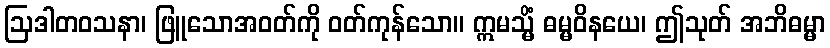
ဩဒါတဝသနာ၊ ဖြူသောအဝတ်ကို ဝတ်ကုန်သော။ ဣမသ္မိံ ဓမ္မဝိနယေ၊ ဤသုတ် အဘိဓမ္မာ